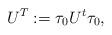
LaTeX: \begin{align*} U^T := \tau_0 U^t \tau_0,\end{align*}